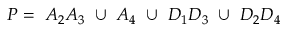
P = ~ A _ { 2 } A _ { 3 } ~ \cup ~ A _ { 4 } ~ \cup ~ D _ { 1 } D _ { 3 } ~ \cup ~ D _ { 2 } D _ { 4 }